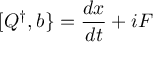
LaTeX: [ Q ^ { \dagger } , b \} = { \frac { d x } { d t } } + i F